Source: Handwritten
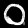
Digit: ၀ (0)